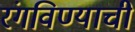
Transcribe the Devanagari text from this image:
रंगविण्याची